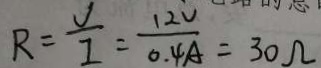
R = \frac { V } { I } = \frac { 1 2 V } { 0 . 4 A } = 3 0 \Omega